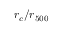
r _ { c } / r _ { 5 0 0 }